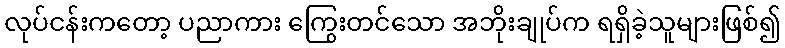
လုပ်ငန်းကတော့ ပညာကား ကြွေးတင်သော အဘိုးချုပ်က ရရှိခဲ့သူများဖြစ်၍